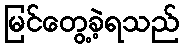
မြင်တွေ့ခဲ့ရသည်